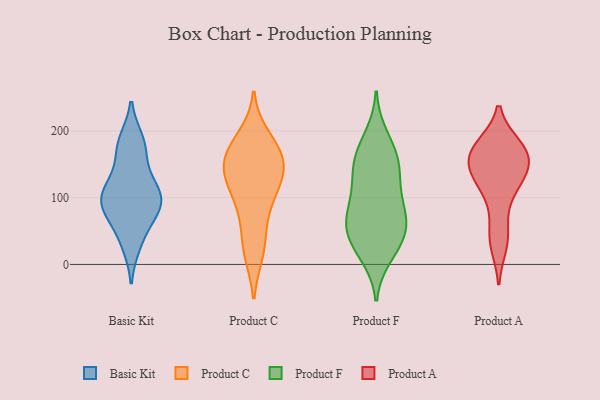
{"axis": {"x": "Customer Acquisition Cost (USD)", "y": "Value"}, "legend": ["Basic Kit", "Product A", "Product C", "Product F"], "data": [{"x": "", "y": 82, "type": "Basic Kit"}, {"x": "", "y": 30, "type": "Basic Kit"}, {"x": "", "y": 185, "type": "Basic Kit"}, {"x": "", "y": 76, "type": "Basic Kit"}, {"x": "", "y": 77, "type": "Basic Kit"}, {"x": "", "y": 157, "type": "Basic Kit"}, {"x": "", "y": 113, "type": "Basic Kit"}, {"x": "", "y": 108, "type": "Basic Kit"}, {"x": "", "y": 89, "type": "Basic Kit"}, {"x": "", "y": 114, "type": "Basic Kit"}, {"x": "", "y": 158, "type": "Basic Kit"}, {"x": "", "y": 28, "type": "Basic Kit"}, {"x": "", "y": 80, "type": "Basic Kit"}, {"x": "", "y": 187, "type": "Basic Kit"}, {"x": "", "y": 114, "type": "Basic Kit"}, {"x": "", "y": 109, "type": "Basic Kit"}, {"x": "", "y": 61, "type": "Basic Kit"}, {"x": "", "y": 105, "type": "Basic Kit"}, {"x": "", "y": 183, "type": "Basic Kit"}, {"x": "", "y": 140, "type": "Product C"}, {"x": "", "y": 58, "type": "Product C"}, {"x": "", "y": 177, "type": "Product C"}, {"x": "", "y": 148, "type": "Product C"}, {"x": "", "y": 131, "type": "Product C"}, {"x": "", "y": 22, "type": "Product C"}, {"x": "", "y": 145, "type": "Product C"}, {"x": "", "y": 91, "type": "Product C"}, {"x": "", "y": 191, "type": "Product C"}, {"x": "", "y": 164, "type": "Product C"}, {"x": "", "y": 121, "type": "Product C"}, {"x": "", "y": 17, "type": "Product C"}, {"x": "", "y": 170, "type": "Product C"}, {"x": "", "y": 98, "type": "Product C"}, {"x": "", "y": 160, "type": "Product F"}, {"x": "", "y": 67, "type": "Product F"}, {"x": "", "y": 33, "type": "Product F"}, {"x": "", "y": 65, "type": "Product F"}, {"x": "", "y": 25, "type": "Product F"}, {"x": "", "y": 149, "type": "Product F"}, {"x": "", "y": 169, "type": "Product F"}, {"x": "", "y": 62, "type": "Product F"}, {"x": "", "y": 67, "type": "Product F"}, {"x": "", "y": 106, "type": "Product F"}, {"x": "", "y": 191, "type": "Product F"}, {"x": "", "y": 144, "type": "Product F"}, {"x": "", "y": 94, "type": "Product F"}, {"x": "", "y": 124, "type": "Product F"}, {"x": "", "y": 14, "type": "Product F"}, {"x": "", "y": 44, "type": "Product F"}, {"x": "", "y": 148, "type": "Product A"}, {"x": "", "y": 175, "type": "Product A"}, {"x": "", "y": 168, "type": "Product A"}, {"x": "", "y": 177, "type": "Product A"}, {"x": "", "y": 129, "type": "Product A"}, {"x": "", "y": 144, "type": "Product A"}, {"x": "", "y": 129, "type": "Product A"}, {"x": "", "y": 99, "type": "Product A"}, {"x": "", "y": 47, "type": "Product A"}, {"x": "", "y": 30, "type": "Product A"}, {"x": "", "y": 168, "type": "Product A"}]}